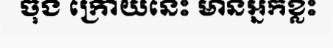
ចុង ក្រោយនេះ មានអ្នកខ្លះ